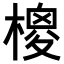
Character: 𣙺